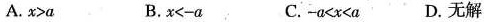
A.$$ x > a $$ B.$$ x < - a $$ C.$$ - a < x < a $$ D.无解